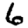
Digit: 6